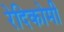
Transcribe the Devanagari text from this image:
रेदिकोमी